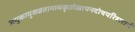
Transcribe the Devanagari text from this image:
अमुकामुकव्रतानामकृतोद्यापनदोषपरिहारार्थ